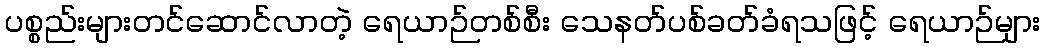
ပစ္စည်းများတင်ဆောင်လာတဲ့ ရေယာဉ်တစ်စီး သေနတ်ပစ်ခတ်ခံရသဖြင့် ရေယာဉ်များ